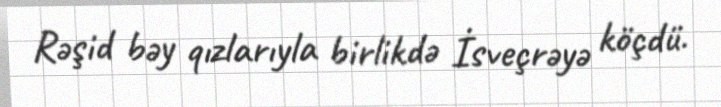
Rəşid bəy qızlarıyla birlikdə İsveçrəyə köçdü.